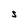
Character: S